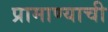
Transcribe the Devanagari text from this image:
प्रामाण्याची